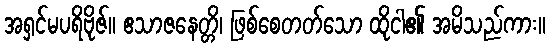
အရှင်မပရိဗိုဇ်။ ဧသာဇနေတ္တိ၊ ဖြစ်စေတတ်သော ထိုငါ၏ အမိသည်ကား။